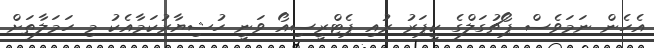
އެހެން ނަމަވެސް ޕޯޗުގަލްގެ ކީޕަރު ރުއި ޕެޓްރީސިއޯ ވަނީ ހުޝިޔާރުކަމާއެކު މި ހަމަލާތަށް